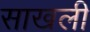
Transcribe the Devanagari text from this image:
साखली